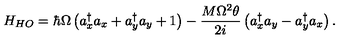
H _ { H O } = \hbar \Omega \left( a _ { x } ^ { \dagger } a _ { x } + a _ { y } ^ { \dagger } a _ { y } + 1 \right) - \frac { M \Omega ^ { 2 } \theta } { 2 i } \left( a _ { x } ^ { \dagger } a _ { y } - a _ { y } ^ { \dagger } a _ { x } \right) .